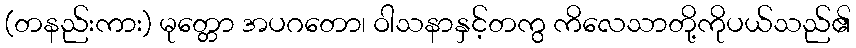
(တနည်းကား) မုတ္တော အပဂတော၊ ဝါသနာနှင့်တကွ ကိလေသာတို့ကိုပယ်သည်၏